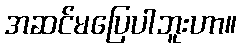
အဆင်မပြေပါဘူးဟာ။